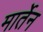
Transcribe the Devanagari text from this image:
मार्तेन